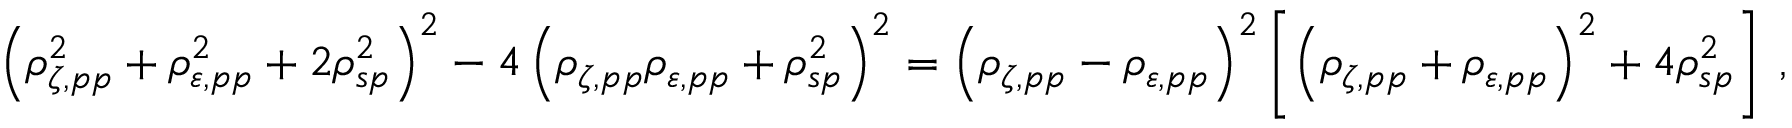
\begin{array} { r } { \left( \rho _ { \zeta , p p } ^ { 2 } + \rho _ { \varepsilon , p p } ^ { 2 } + 2 \rho _ { s p } ^ { 2 } \right) ^ { 2 } - 4 \left( \rho _ { \zeta , p p } \rho _ { \varepsilon , p p } + \rho _ { s p } ^ { 2 } \right) ^ { 2 } = \left( \rho _ { \zeta , p p } - \rho _ { \varepsilon , p p } \right) ^ { 2 } \left[ \left( \rho _ { \zeta , p p } + \rho _ { \varepsilon , p p } \right) ^ { 2 } + 4 \rho _ { s p } ^ { 2 } \right] \: , } \end{array}